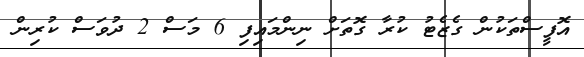
އޮފީސްތަކުން ގެޒެޓު ކުރާ ގޮތަށް ނިންމައިފި 6 މަސް 2 ދުވަސް ކުރިން